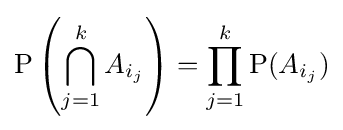
\mathrm {P} \left(\bigcap _{j=1}^{k}A_{i_{j}}\right)=\prod _{j=1}^{k}\mathrm {P} (A_{i_{j}})